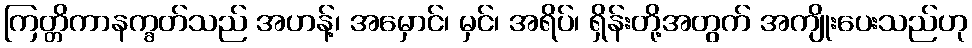
ကြတ္တိကာနက္ခတ်သည် အဟန့်၊ အမှောင်၊ မှင်၊ အရိပ်၊ ရှိန်းတို့အတွက် အကျိုးပေးသည်ဟု